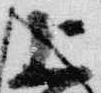
上